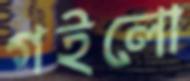
গইলো